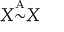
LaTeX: X { \overset { \underset { \mathrm { A } } { } } { \sim } } X